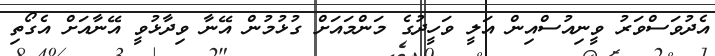
އެދުވަސްވަރު ވީނިއުސްއިން އަލީ ވަހީދުގެ މަންމައަށް ގުޅުމުން އޭނާ ވިދާޅުވީ އޭނާއަށް އެގޯތި